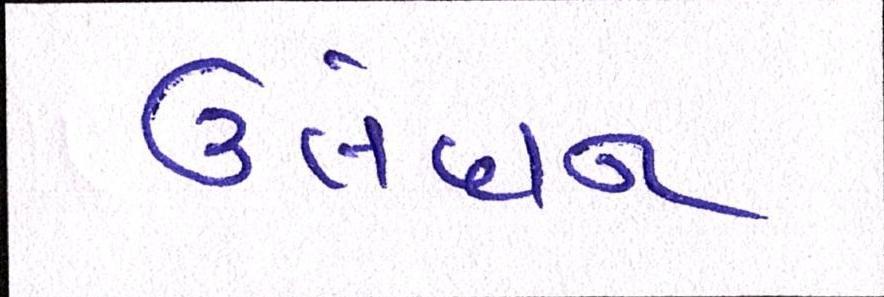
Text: ઉલંઘન